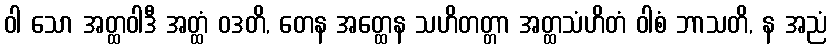
ဝါ သော အတ္ထဝါဒီ အတ္ထံ ဝဒတိ, တေန အတ္ထေန သဟိတတ္တာ အတ္ထသံဟိတံ ဝါစံ ဘာသတိ, န အညံ